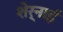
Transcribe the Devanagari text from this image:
शेर्नाई